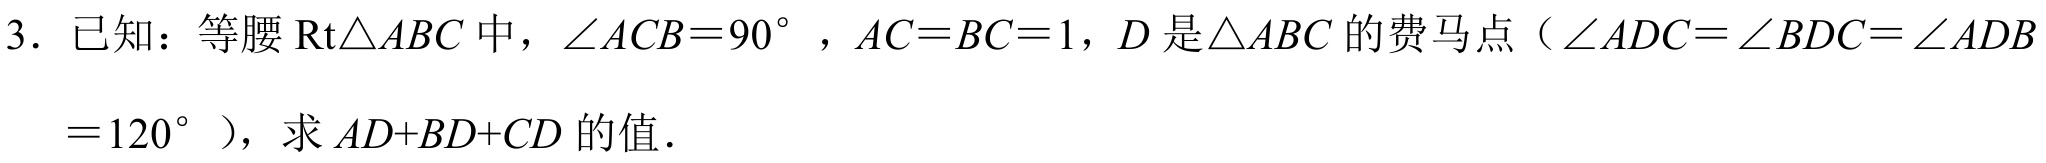
3. 已知：等腰\(\text{Rt}\triangle ABC\)中，\(\angle ACB = 90^{\circ}\)，\(AC = BC = 1\)，\(D\)是\(\triangle ABC\)的费马点（\(\angle ADC=\angle BDC=\angle ADB = 120^{\circ}\)），求\(AD + BD + CD\)的值．